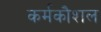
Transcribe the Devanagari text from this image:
कर्मकौशल